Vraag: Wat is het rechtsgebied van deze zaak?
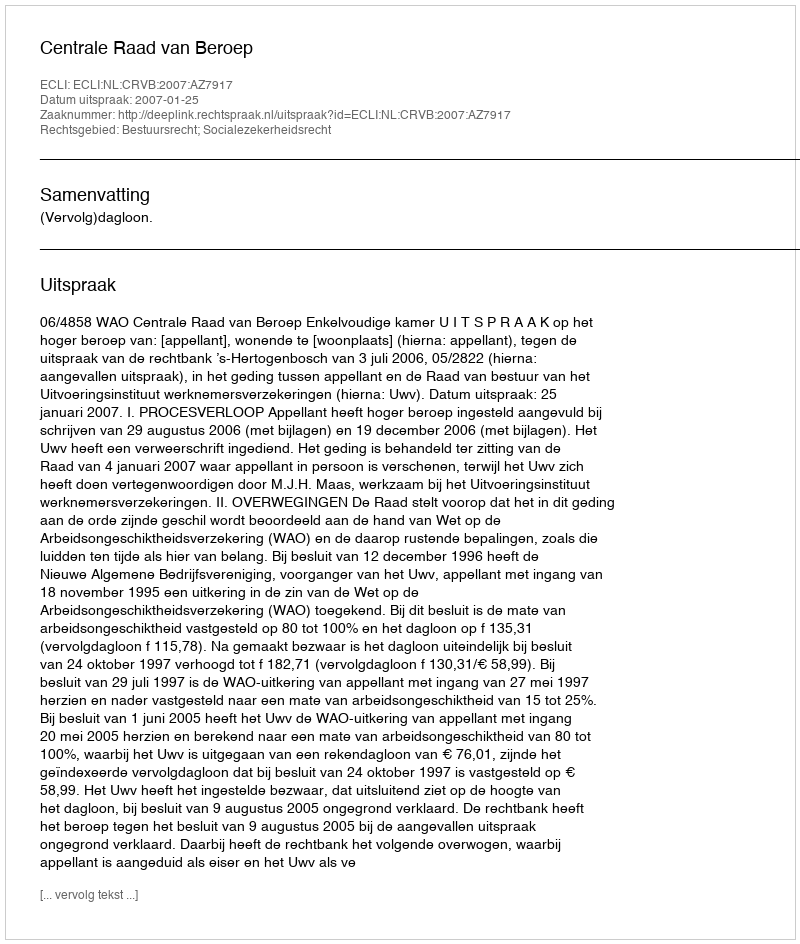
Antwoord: Bestuursrecht; Socialezekerheidsrecht